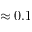
\approx 0 . 1